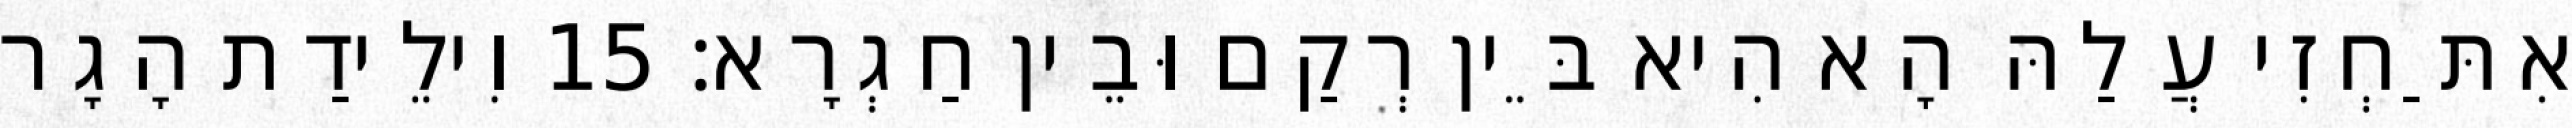
אִתַּחְזִי עֲלַהּ הָא הִיא בֵּין רְקַם וּבֵין חַגְרָא׃ 15 וִילֵידַת הָגָר